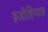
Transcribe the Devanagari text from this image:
इओहिप्पस